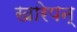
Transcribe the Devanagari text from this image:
खारेपन्